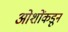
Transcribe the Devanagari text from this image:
ओशोंकडून